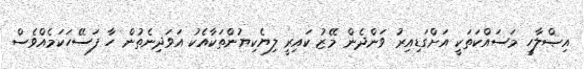
އިޞްލާހީ މަސައްކަތަކީ އަށްގަޑިއިރު ވަންދެން މޭޒު ކައިރީ ލިޔެކިޔުންތަކާއެކު އަވަދިނެތުން ހާ ފަސޭހަކަމެއްވެސް